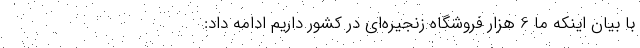
با بيان اينكه ما 6 هزار فروشگاه زنجيره‌اي در كشور داريم ادامه داد: